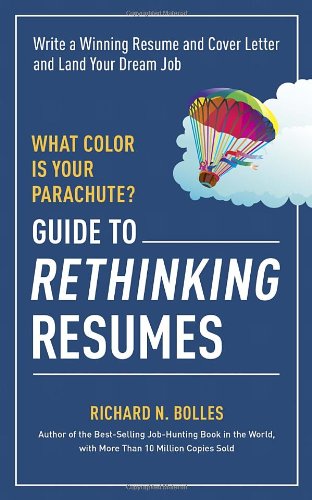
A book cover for What Color Is Your Parachute? Guide to Rethinking Resumes: Write a Winning Resume and Cover Letter and Land Your Dream Interview; Richard N. Bolles; Business & Money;